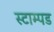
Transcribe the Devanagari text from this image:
स्टाम्पड